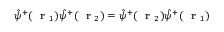
\hat { \psi } ^ { + } ( \mathrm { ~ \bf ~ r ~ } _ { 1 } ) \hat { \psi } ^ { + } ( \mathrm { ~ \bf ~ r ~ } _ { 2 } ) = \hat { \psi } ^ { + } ( \mathrm { ~ \bf ~ r ~ } _ { 2 } ) \hat { \psi } ^ { + } ( \mathrm { ~ \bf ~ r ~ } _ { 1 } )